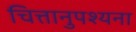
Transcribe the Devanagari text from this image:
चित्तानुपश्यना